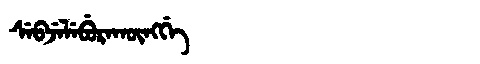
Manchu: ᠰᡝᠪᠵᡝᠯᡝᠪᡠᡵᠠᡴᡡᠩᡤᡝ
Romanization: SEBJELEBURAKŪNGGE